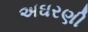
અઘરણી